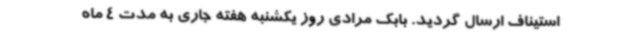
استیناف ارسال گردید. بابک مرادی روز یکشنبه هفته جاری به مدت 4 ماه